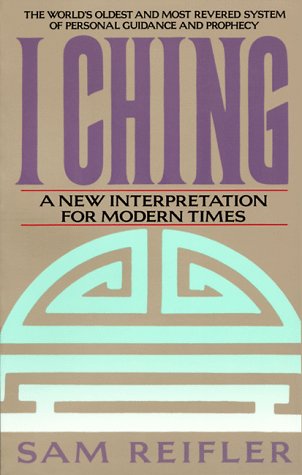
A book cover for I Ching: A New Interpretation for Modern Times; Sam Reifler; Religion & Spirituality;